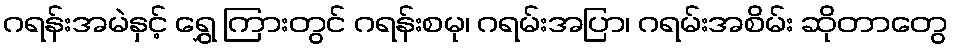
ဂရန်းအမဲနှင့် ရွှေ ကြားတွင် ဂရန်းစမု၊ ဂရမ်းအပြာ၊ ဂရမ်းအစိမ်း ဆိုတာတွေ